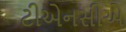
ટીએનસીએ